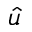
\hat { u }